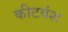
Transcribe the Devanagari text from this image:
कीटवंश